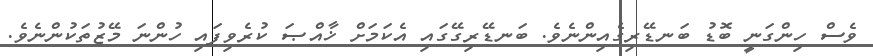
ވެސް ހިންގަނީ ބޮޑު ބަނޑޭރިގެއިންނެވެ. ބަނޑޭރިގޭގައި އެކަމަށް ޚާއްޞަ ކުރެވިފައި ހުންނަ މޭޒުތަކުންނެވެ.